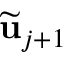
\widetilde { \mathbf { u } } _ { j + 1 }